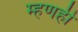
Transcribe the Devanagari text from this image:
म्हणही